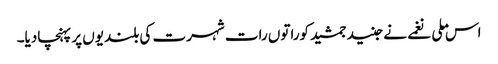
اس ملی نغمے نے جنید جمشید کوراتوں رات شہرت کی بلندیوں پر پہنچادیا۔